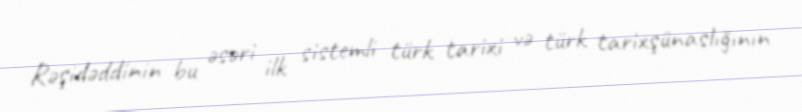
Rəşidəddinin bu əsəri ilk sistemli türk tarixi və türk tarixşünaslığının